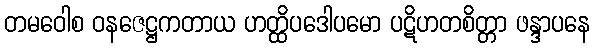
တမဝေါစ ဝနဇေဋ္ဌကတာယ ဟတ္ထိပဒေါပမော ပဋိဟတစိတ္တာ ဖန္ဒာပနေ